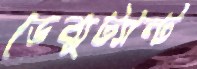
ডেব্যুট্যান্ট